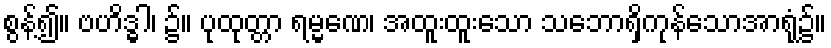
စွန့်၍။ ဗဟိဒ္ဓါ၊ ၌။ ပုထုတ္တာ ရမ္မဏေ၊ အထူးထူးသော သဘောရှိကုန်သောအာရုံ၌။